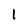
Character: 1